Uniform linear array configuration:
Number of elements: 16
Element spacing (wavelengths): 0.25
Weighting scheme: binomial
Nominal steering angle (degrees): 15
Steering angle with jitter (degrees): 16.811
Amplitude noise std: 0.05
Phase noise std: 0.05

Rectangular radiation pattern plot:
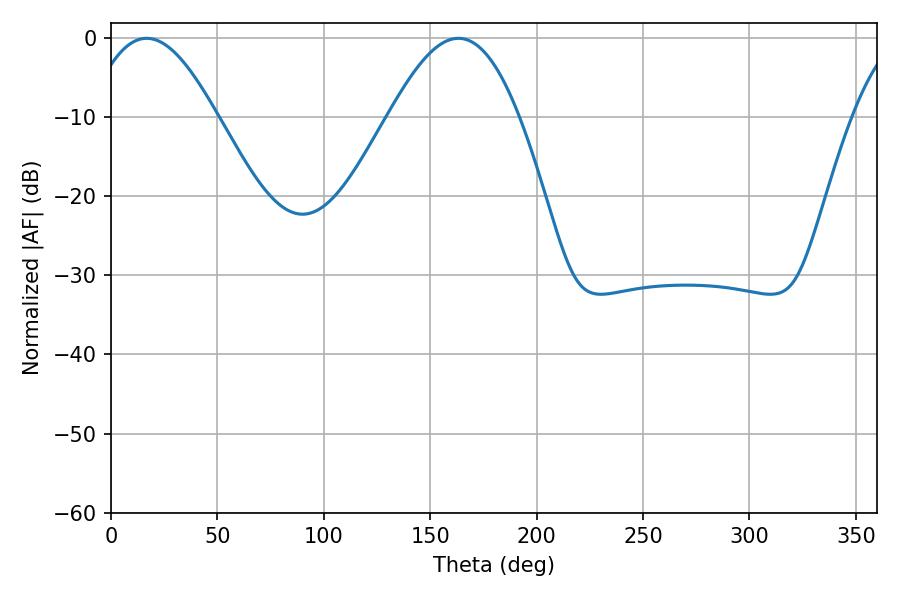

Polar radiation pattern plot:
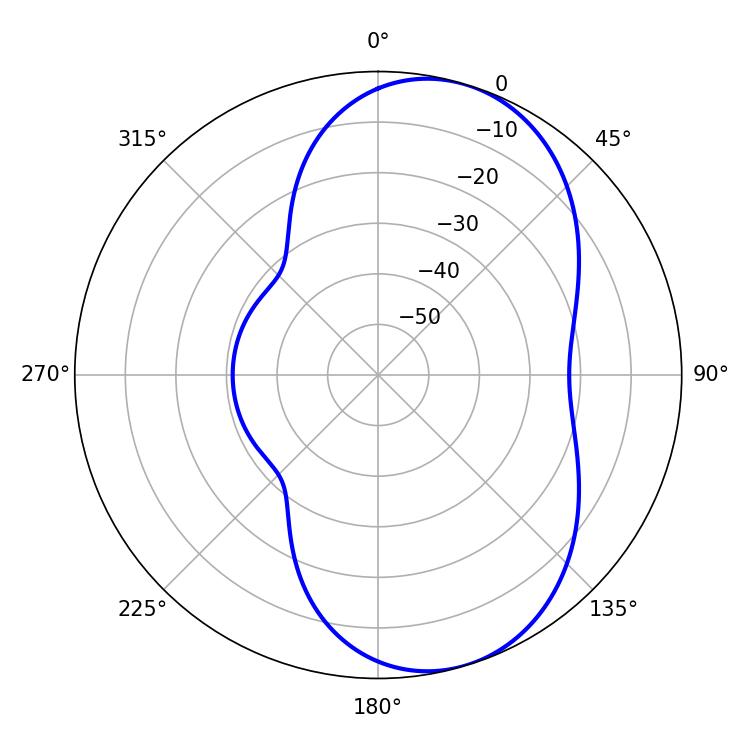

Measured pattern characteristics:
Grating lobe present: FALSE
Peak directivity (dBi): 7.095
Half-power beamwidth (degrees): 33.12
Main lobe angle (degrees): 16.74